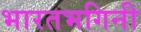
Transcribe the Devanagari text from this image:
भारतभगिनी